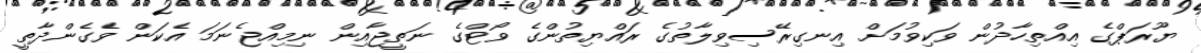
ޔޫރަޕްގެ އިއްތިހާދުން ވަކިވުމަށް އިނގިރޭސިވިލާތުގެ ރައްޔިތުންގެ ވޯޓްގެ ނަތީޖާއިން ނިމިއްޖެނަމަ އެކަން ވެގެންދާތީ